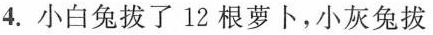
4.小白兔拔了12根萝卜，小灰兔拔